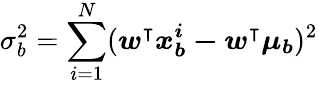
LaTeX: \sigma_{b}^{2}=\sum_{i=1}^{N}(\boldsymbol{w^{\intercal}x_{b}^{i}-w^{\intercal}\mu_{b}})^{2}